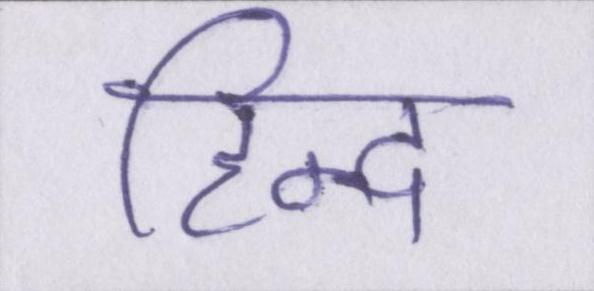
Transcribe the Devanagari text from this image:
हिन्द